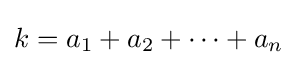
k=a_{1}+a_{2}+\cdots +a_{n}